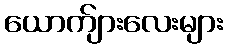
ယောက်ျားလေးများ